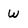
Character: W